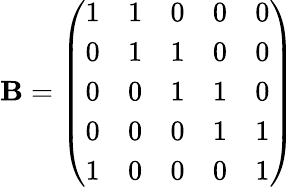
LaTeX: \mathbf{B}=\left(\begin{array}{lllll}{1}&{1}&{0}&{0}&{0}\\ {0}&{1}&{1}&{0}&{0}\\ {0}&{0}&{1}&{1}&{0}\\ {0}&{0}&{0}&{1}&{1}\\ {1}&{0}&{0}&{0}&{1}\end{array}\right)